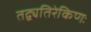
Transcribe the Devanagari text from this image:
तद्व्यतिरेकिणः